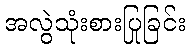
အလွဲသုံးစားပြုခြင်း